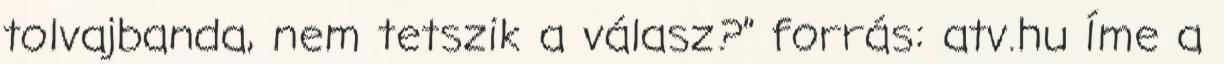
tolvajbanda, nem tetszik a válasz?” forrás: atv.hu Íme a